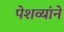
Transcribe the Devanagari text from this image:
पेशव्यांने